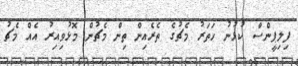
ފިލިޕީންސް ކުޅުނު ހަތަރު މެޗުގެ ތެރެއިން ތިން މެޗުން މޮޅުވިއިރު އެއް މެޗު